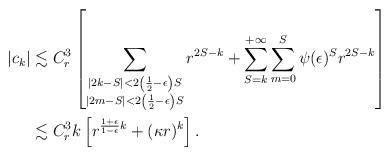
LaTeX: \begin{align*}|c_k| & \lesssim C_r^3 \left[ \sum_{\substack{|2k-S|<2 \left(\frac{1}{2}-\epsilon\right) S \\ |2m-S|<2 \left(\frac{1}{2}-\epsilon\right) S}} r^{2S-k} + \sum_{S=k}^{+\infty} \sum_{m=0}^S \psi(\epsilon)^S r^{2S-k} \right] \\& \lesssim C_r^3 k\left[ r^{\frac{1+\epsilon}{1-\epsilon}k} + (\kappa r)^k \right].\end{align*}